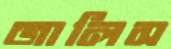
জালিস